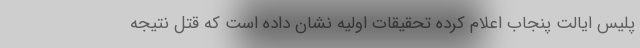
پلیس ایالت پنجاب اعلام کرده تحقیقات اولیه نشان داده است که قتل نتیجه